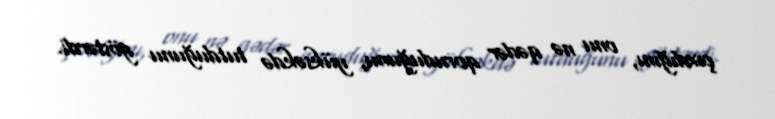
çıxdığını, onu nə qədər qoruduğunu, yüksəkdə tutduğunu göstərdi.